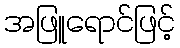
အဖြူရောင်ဖြင့်